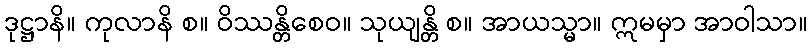
ဒုဋ္ဌာနိ။ ကုလာနိ စ။ ဝိဿန္တိစေဝ။ သုယျန္တိ စ။ အာယသ္မာ။ ဣမမှာ အာဝါသာ။